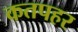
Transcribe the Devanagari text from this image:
कतपहर